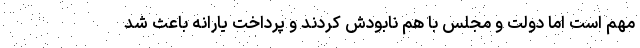
مهم است اما دولت و مجلس با هم نابودش کردند و پرداخت یارانه باعث شد